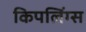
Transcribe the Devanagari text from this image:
किपलिंग्स